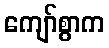
ကျော်စွာက